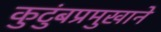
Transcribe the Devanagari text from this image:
कुटुंबप्रमुखाने